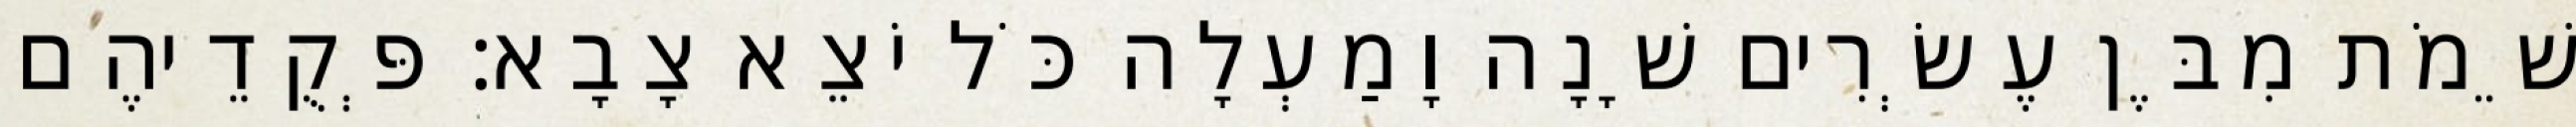
שֵׁמֹת מִבֶּן עֶשְׂרִים שָׁנָה וָמַעְלָה כֹּל יֹצֵא צָבָא׃ פְּקֻדֵיהֶם